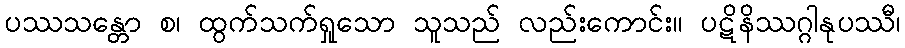
ပဿသန္တော စ၊ ထွက်သက်ရှုသော သူသည် လည်းကောင်း။ ပဋိနိဿဂ္ဂါနုပဿီ၊